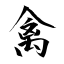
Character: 禽